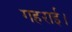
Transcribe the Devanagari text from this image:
गहराई।